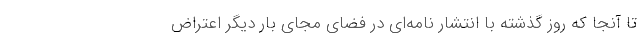
تا آنجا که روز گذشته با انتشار نامه‌ای در فضای مجای بار دیگر اعتراض